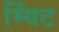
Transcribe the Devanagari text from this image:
म्यिंट